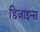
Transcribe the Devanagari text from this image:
डिजाइन्स